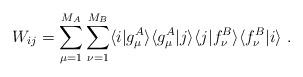
LaTeX: \begin{align*}W_{ij} = \sum_{\mu=1}^{M_A}\sum_{\nu=1}^{M_B} \langle i \vert g_\mu^A \rangle \langle g_\mu^A \vert j \rangle \langle j \vert f_\nu^B \rangle \langle f_\nu^B \vert i \rangle \ .\end{align*}